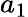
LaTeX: a_{1}